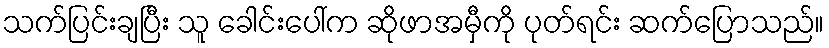
သက်ပြင်းချပြီး သူ ခေါင်းပေါ်က ဆိုဖာအမှီကို ပုတ်ရင်း ဆက်ပြောသည်။